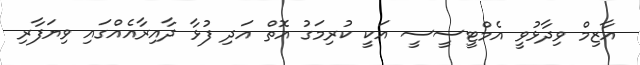
އާޒިމް ވިދާޅުވީ އެމްޓީސީސީ އަކީ ކުރިމަގު އޮތް އަދި ފުޅާ ދާއިރާއެއްގައި ވިޔަފާރި